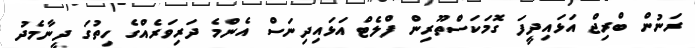
ރަނުން ބްރިޖް އަޅައިދީފަ ގޮމަކަސްތޫރިން ފްލެޓް އަޅައިދިނަސް އެންމެ ދަރިވަރެއްގެ ހިތުގަ ދީނާމެދު